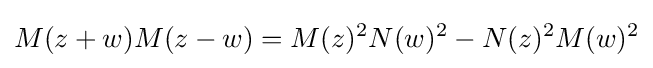
M(z+w)M(z-w)=M(z)^{2}N(w)^{2}-N(z)^{2}M(w)^{2}